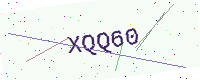
Text: XQQ60